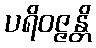
ပရိဝဇ္ဇန္တိ